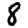
Digit: 8